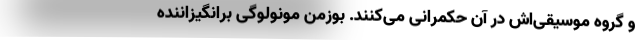
و گروه موسیقی‌اش در آن حکمرانی می‌کنند. بوزمن مونولوگی برانگیزاننده